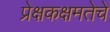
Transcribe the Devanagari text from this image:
प्रेक्षकक्षमतेचे